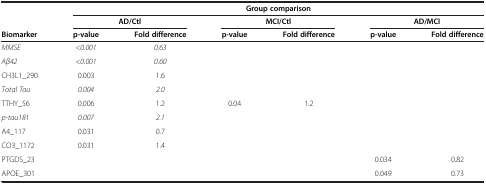
<table><thead><tr><td><b> </b></td><td colspan="6"><b>Group comparison</b></td></tr><tr><td><b> </b></td><td colspan="2"><b>AD/Ctl</b></td><td colspan="2"><b>MCI/Ctl</b></td><td colspan="2"><b>AD/MCI</b></td></tr><tr><td><b>Biomarker</b></td><td><b>p-value</b></td><td><b>Fold difference</b></td><td><b>p-value</b></td><td><b>Fold difference</b></td><td><b>p-value</b></td><td><b>Fold difference</b></td></tr></thead><tbody><tr><td><i>MMSE</i></td><td><i>&lt;0.001</i></td><td><i>0.63</i></td><td> </td><td> </td><td> </td><td> </td></tr><tr><td><i>Aβ42</i></td><td><i>&lt;0.001</i></td><td><i>0.60</i></td><td> </td><td> </td><td> </td><td> </td></tr><tr><td>CH3L1_290</td><td>0.003</td><td>1.6</td><td> </td><td> </td><td> </td><td> </td></tr><tr><td><i>Total Tau</i></td><td><i>0.004</i></td><td><i>2.0</i></td><td> </td><td> </td><td> </td><td> </td></tr><tr><td>TTHY_56</td><td>0.006</td><td>1.2</td><td>0.04</td><td>1.2</td><td> </td><td> </td></tr><tr><td><i>p-tau181</i></td><td><i>0.007</i></td><td><i>2.1</i></td><td> </td><td> </td><td> </td><td> </td></tr><tr><td>A4_117</td><td>0.031</td><td>0.7</td><td> </td><td> </td><td> </td><td> </td></tr><tr><td>CO3_1172</td><td>0.031</td><td>1.4</td><td> </td><td> </td><td> </td><td> </td></tr><tr><td>PTGDS_23</td><td> </td><td> </td><td> </td><td> </td><td>0.034</td><td>0.82</td></tr><tr><td>APOE_301</td><td> </td><td> </td><td> </td><td> </td><td>0.049</td><td>0.73</td></tr></tbody></table>